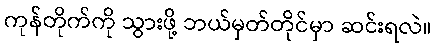
ကုန်တိုက်ကို သွားဖို့ ဘယ်မှတ်တိုင်မှာ ဆင်းရလဲ။